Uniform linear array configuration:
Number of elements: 64
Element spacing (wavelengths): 1
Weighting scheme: uniform
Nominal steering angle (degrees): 15
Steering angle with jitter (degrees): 13.299
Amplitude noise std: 0.05
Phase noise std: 0.05

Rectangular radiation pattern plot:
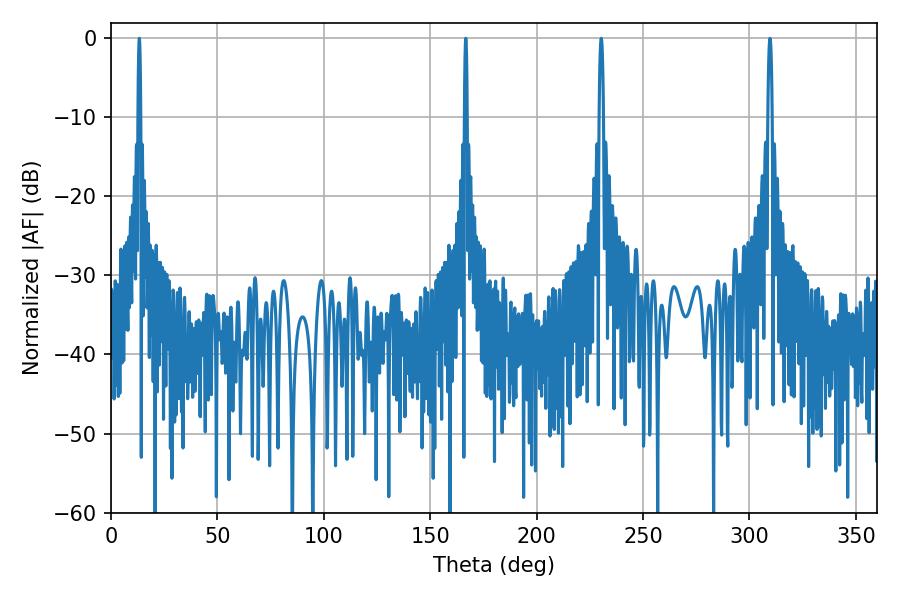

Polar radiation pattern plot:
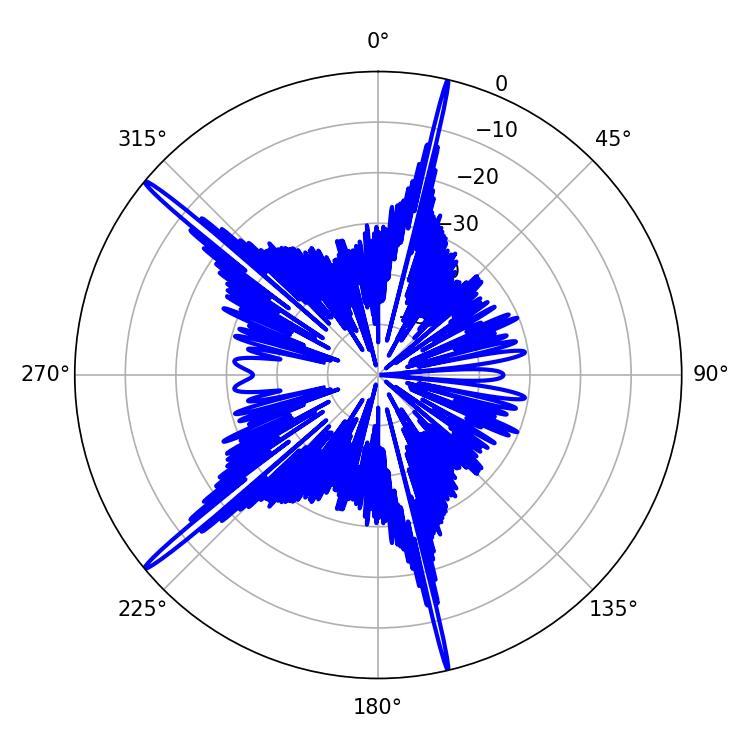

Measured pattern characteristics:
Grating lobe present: TRUE
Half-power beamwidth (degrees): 0.72
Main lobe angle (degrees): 166.68